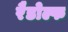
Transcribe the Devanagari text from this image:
रैडोल्फ